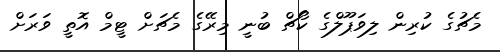
މެޗުގެ ކުރިން ލިވަޕޫލްގެ ކޯޗް ބުނީ މިރޭގެ މެޗަށް ޓީމް އޮތީ ވަރަށް